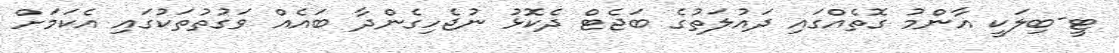
ޓީ-ބިލަކީ އާންމު ގޮތެއްގައި ދައުލަތުގެ ބަޖެޓް ދެކޮޅު ނުޖެހިގެންދާ ބައެއް ވަގުތުތަކުގައި އެކަމަށް